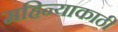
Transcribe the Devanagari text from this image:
महिन्याकाठी